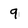
Character: 9